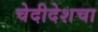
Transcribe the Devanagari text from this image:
चेदीदेशचा